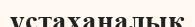
ұстаханалық